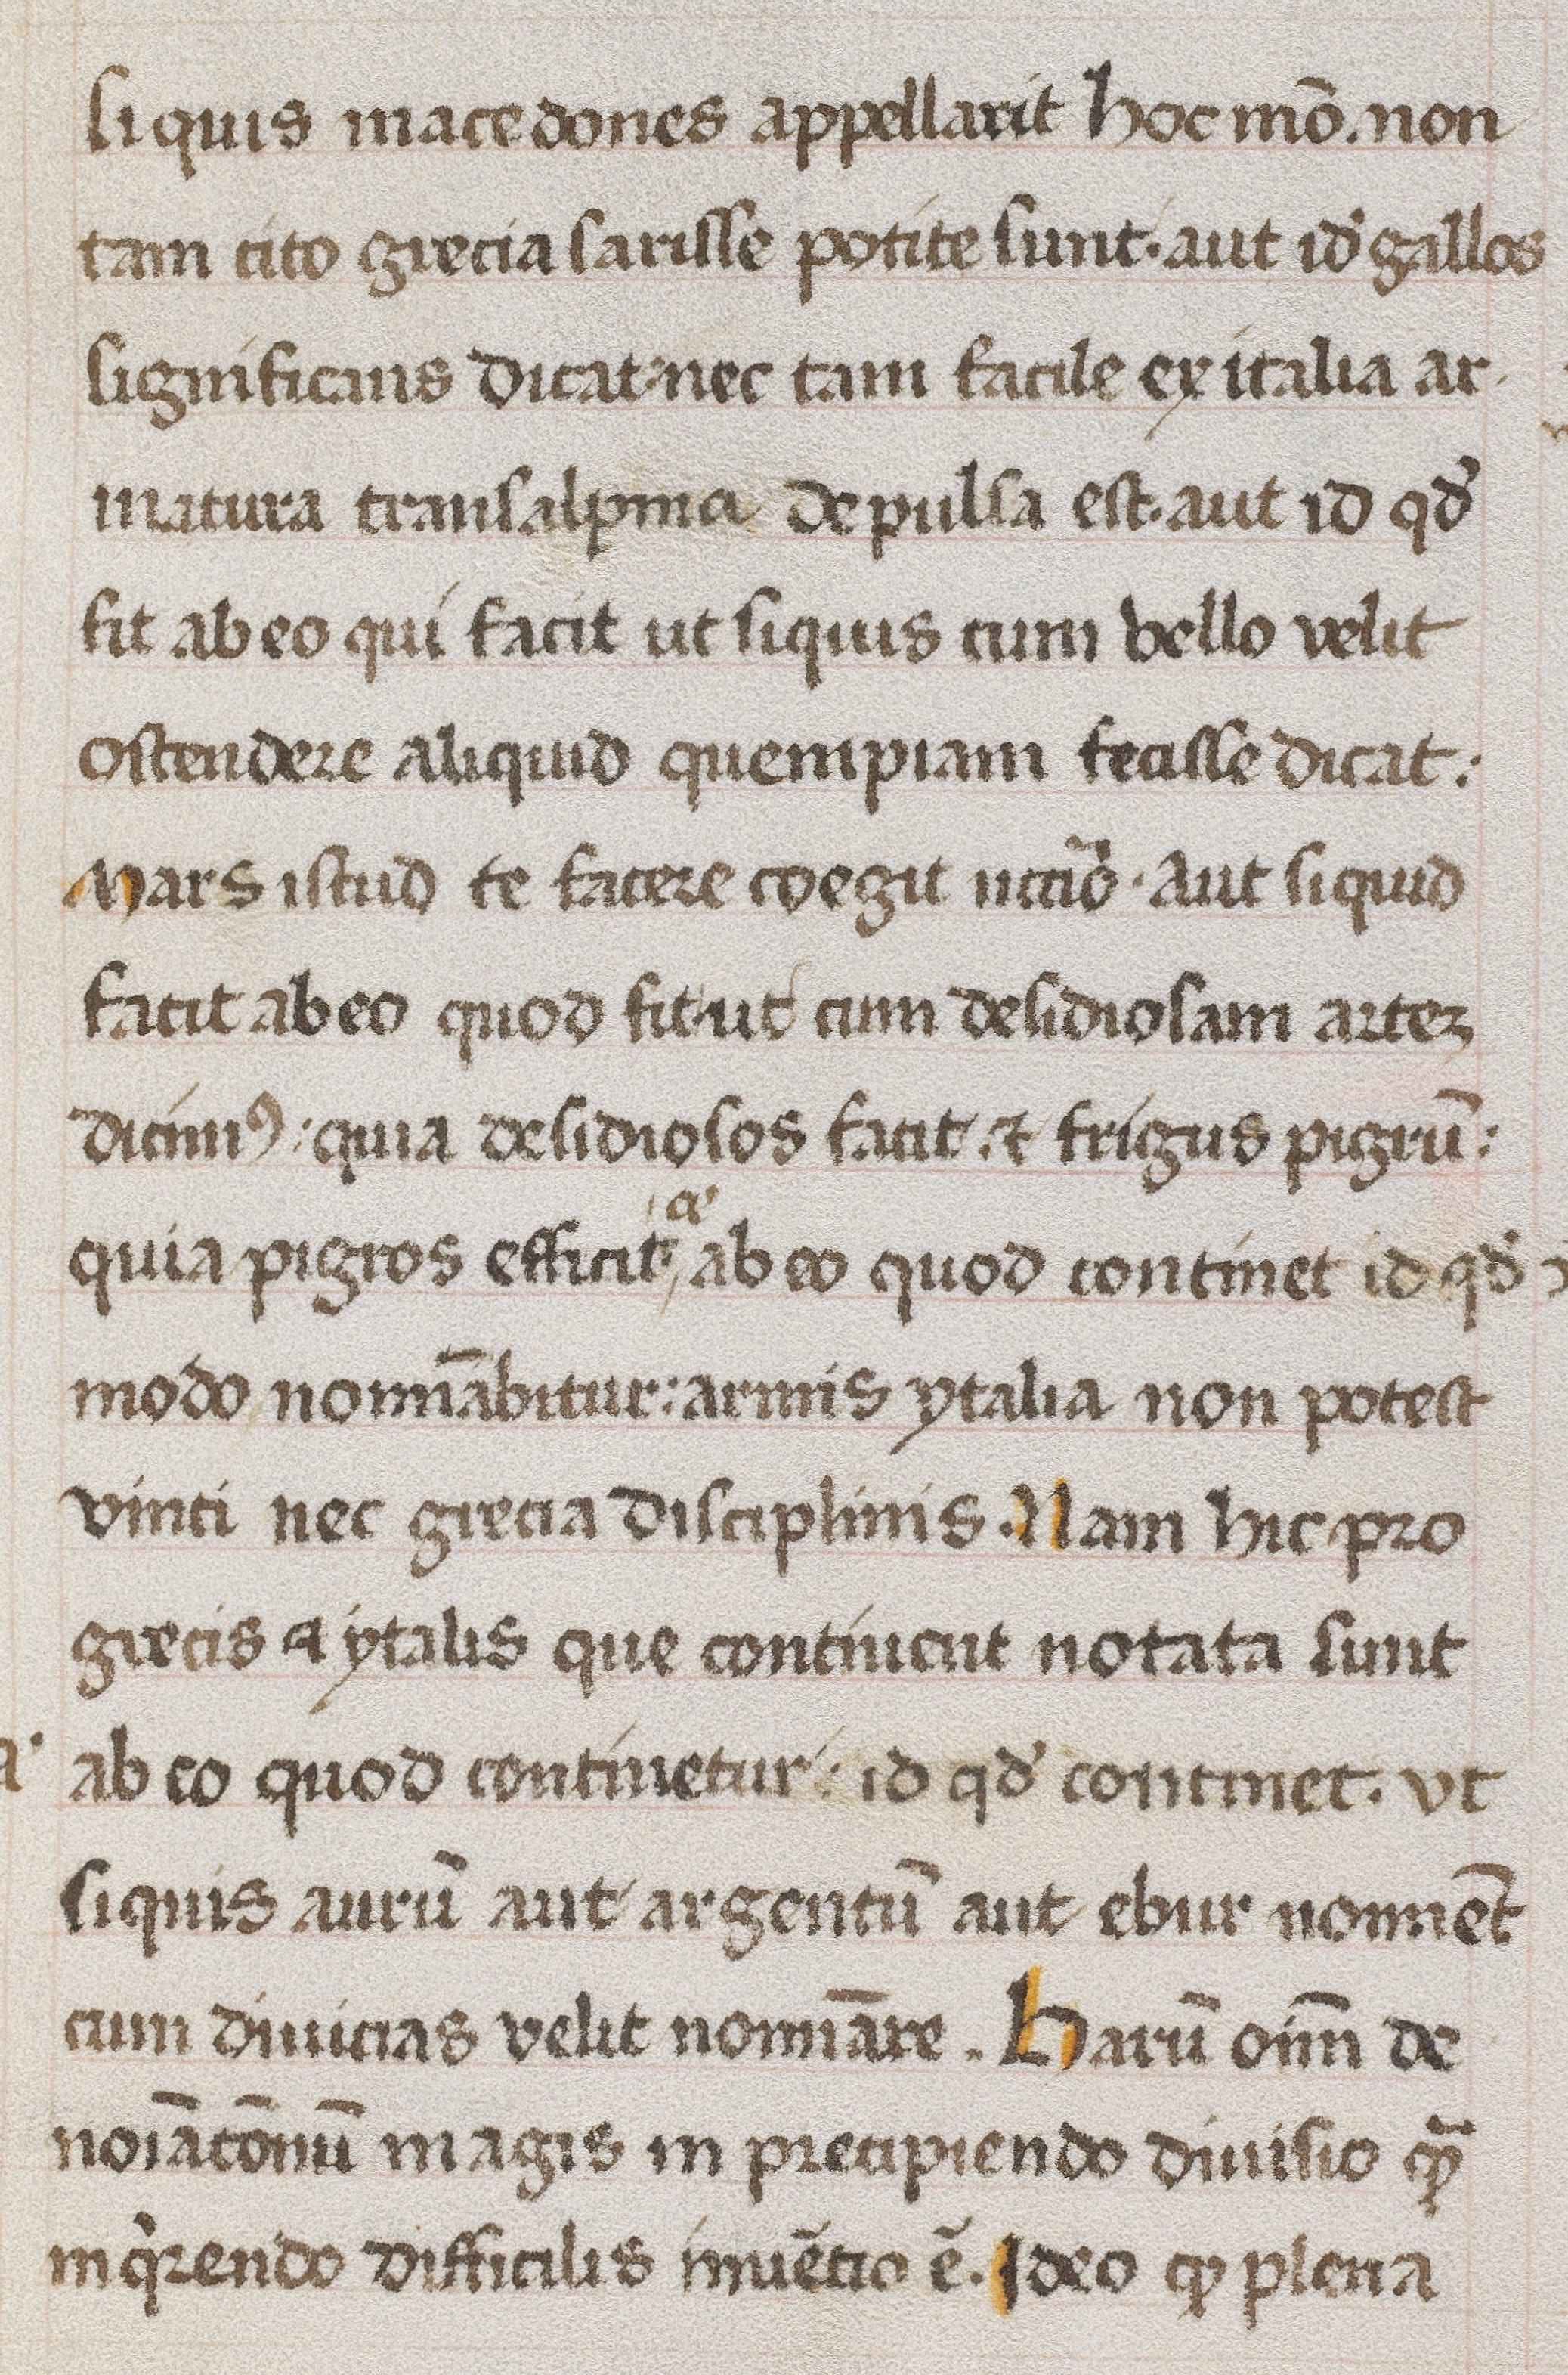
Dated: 1470–1470